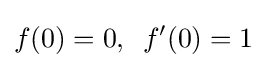
f(0)=0,\,\,\,f^{\prime }(0)=1